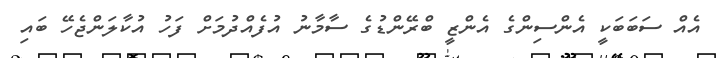
އެއް ސަބަބަކީ އެންސިންގެ އެންޒީ ބްރޭންޑުގެ ސާމާނު އުފެއްދުމަށް ފަހު އުކާލަންޖެހޭ ބައި